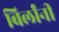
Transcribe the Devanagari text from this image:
बिर्लांनी